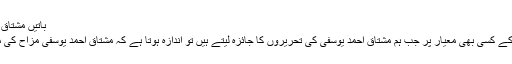
باتیں مشتاق یوسفی کی…
دوستو،مزاح کے کسی بھی معیار پر جب ہم مشتاق احمد یوسفی کی تحریروں کا جائزہ لیتے ہیں تو اندازہ ہوتا ہے کہ مشتاق احمد یوسفی مزاح کی معراج پر ہیں۔